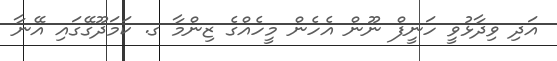
އަދި ވިދާޅުވީ ހަނީފް ނޫން އެހެން މީހެއްގެ ޒިންމާ ގ. ކަމަދޫގޭގައި އޭނާ